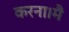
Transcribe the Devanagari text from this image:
करना।मैं